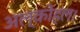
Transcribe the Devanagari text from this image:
अल्कोहल।